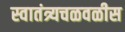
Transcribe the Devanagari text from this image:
स्वातंत्र्यचळवळीस